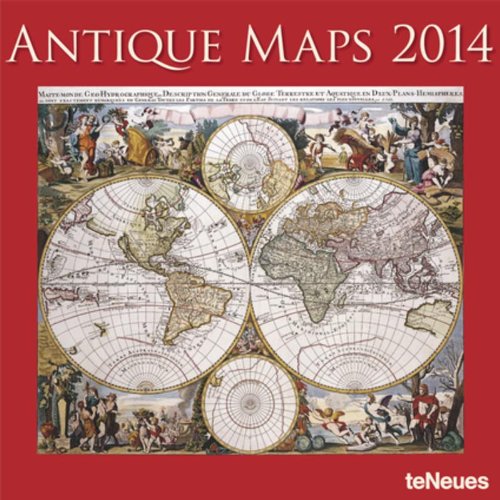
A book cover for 2014 Antique Maps Calendar; Calendars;